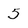
Character: 5